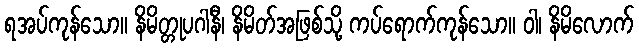
ရအပ်ကုန်သော။ နိမိတ္တုပဂါနီ၊ နိမိတ်အဖြစ်သို့ ကပ်ရောက်ကုန်သော။ ဝါ၊ နိမိလောက်